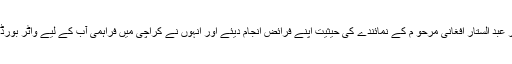
کے ڈی اے کی گورننگ باڈی کے رکن اور سابق میئر عبد الستار افغانی مرحو م کے نمائندے کی حیثیت اپنے فرائض انجام دیئے اور انہوں نے کراچی میں فراہمی آب کے لیے واٹر بورڈ جیسے ادارے کے قیام میں اہم اور کلیدی کردارادا کیا۔